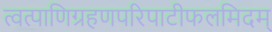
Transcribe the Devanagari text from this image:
त्वत्पाणिग्रहणपरिपाटीफलमिदम्